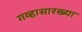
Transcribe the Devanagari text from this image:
गव्हासारख्या